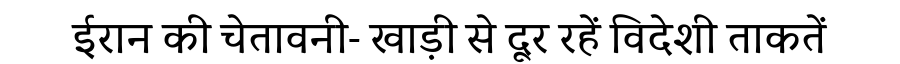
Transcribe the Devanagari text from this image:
ईरान की चेतावनी- खाड़ी से दूर रहें विदेशी ताकतें